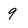
Character: 9